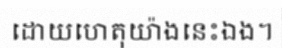
ដោយហេតុយ៉ាងនេះឯង។